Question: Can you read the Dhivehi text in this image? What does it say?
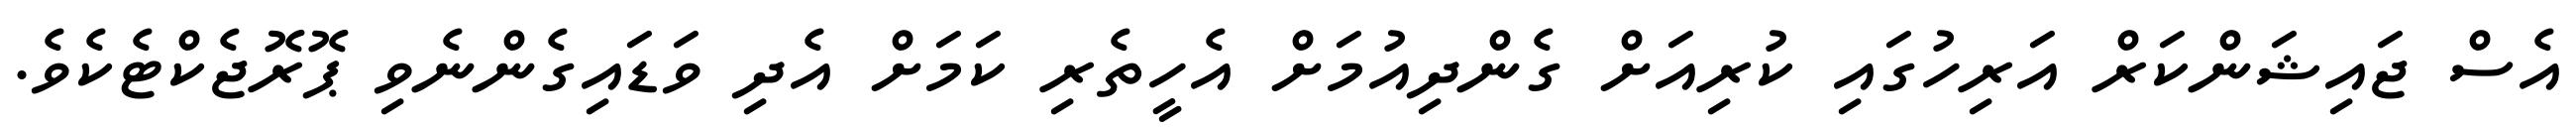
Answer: އެސް ޖައިޝަންކަރް އަރިހުގައި ކުރިއަށް ގެންދިއުމަށް އެހީތެރި ކަމަށް އެދި ވަޑައިގެންނެވި ޕޮރޮޖެކްޓެކެވެ.